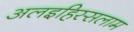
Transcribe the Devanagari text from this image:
अलइहिस्सलाम